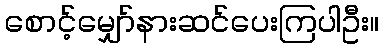
စောင့်မျှော်နားဆင်ပေးကြပါဦး။